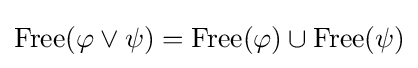
{\mbox{Free}}(\varphi \vee \psi )={\mbox{Free}}(\varphi )\cup {\mbox{Free}}(\psi )